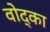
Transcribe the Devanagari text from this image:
वोद्का